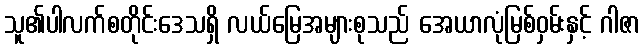
သူ၏ပါလက်စတိုင်းဒေသရှိ လယ်မြေအများစုသည် အေယာလုံမြစ်ဝှမ်းနှင့် ဂါဇာ